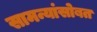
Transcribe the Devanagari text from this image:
सामन्यांसोबत